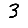
Digit: 3